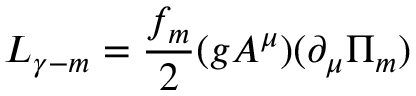
{ \cal L } _ { \gamma - m } = { \frac { f _ { m } } { 2 } } ( g A ^ { \mu } ) ( \partial _ { \mu } \Pi _ { m } )